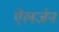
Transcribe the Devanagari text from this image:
ऐलर्जन